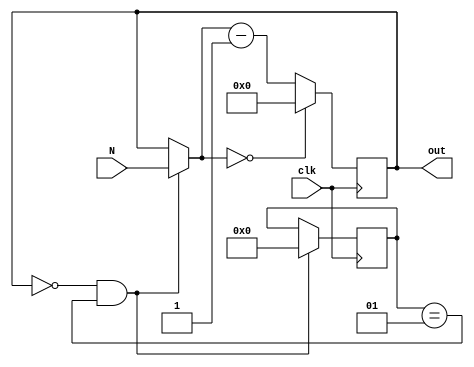
`timescale 1ns / 1ps
//////////////////////////////////////////////////////////////////////////////////
// Company: 
// Engineer: 
// 
// Design Name: 
// Module Name:    DownCounter 
// Project Name: 
// Target Devices: 
// Tool versions: 
// Description: 
//
// Dependencies: 
//
// Revision: 
// Revision 0.01 - File Created
// Additional Comments: 
//
//////////////////////////////////////////////////////////////////////////////////
module DownCounter(
              input clk,
              input [3:0] N,
				  output reg[3:0] out
    );
	 
	 reg [3:0] temp;
	 integer flag=1;
	 
	  initial begin
	       out=0;
		  end
	        
    always @(negedge clk) begin
	                         if(out==0 && flag==1) begin
									              out=N;
													  flag=0;
									            end
													
													 if( out==0)
													       out=0;
													
													else begin
													     temp=out-1'b1;
													     out=temp;
                                       end													
		  
								  end		
endmodule